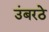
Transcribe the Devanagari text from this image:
उंबरठे